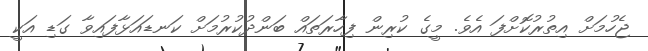
ޖެހުމަށް އިތުރުކޮށްފަ އެވެ. މީގެ ކުރިން ފިހާރަތައް ބަންދުކުރުމަށް ކަނޑައަޅާފައިވާ ގަޑި އަކީ